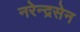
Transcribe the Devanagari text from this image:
नरेन्द्रसेन